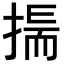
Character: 𢰚